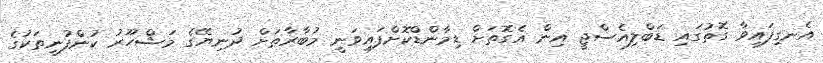
އެނގިފައިވާ ގޮތުގައި ޑަބްލިއެސްޖީ އިން އެގޮތަށް ޑިމާންޑްކޮށްފައިވަނީ މުބާރާތަށް ދުނިޔޭގެ މަޝްހޫރު ކުންފުނިތަކުގެ